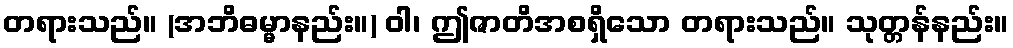
တရားသည်။ (အဘိဓမ္မာနည်း။) ဝါ၊ ဤဇာတိအစရှိသော တရားသည်။ သုတ္တန်နည်း။